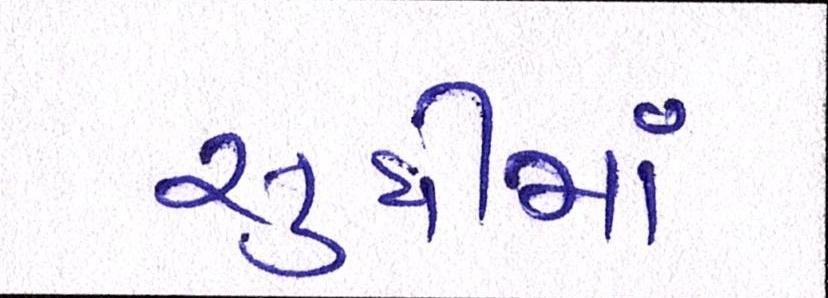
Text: સુધીમાં